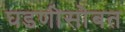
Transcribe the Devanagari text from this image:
घडणीसोबत